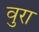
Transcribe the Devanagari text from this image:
वुरा